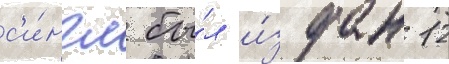
с'и́нгл бы́л и́здан 12